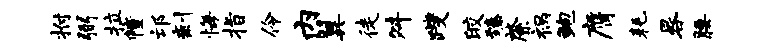
拊弼拉幢邙剩悔指伶内翼徒舛躞皎臻綮祸鲍膺耗晷腰